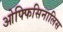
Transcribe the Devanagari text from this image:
ओफ्फिसिनालिस